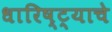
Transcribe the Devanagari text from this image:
धारिष्ट्याचे